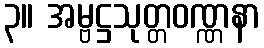
၃။ အမ္ဗဋ္ဌသုတ္တဝဏ္ဏနာ